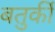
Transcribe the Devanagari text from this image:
बतुर्की